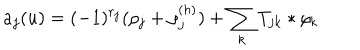
a _ { j } ( u ) = ( - 1 ) ^ { r _ { j } } ( \rho _ { j } + \rho _ { j } ^ { ( h ) } ) + \sum _ { k } T _ { j k } \ast \rho _ { k }